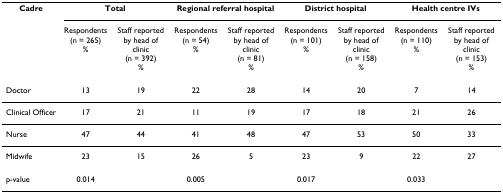
<table><thead><tr><td><b>Cadre</b></td><td colspan="2"><b>Total</b></td><td colspan="2"><b>Regional referral hospital</b></td><td colspan="2"><b>District hospital</b></td><td colspan="2"><b>Health centre IVs</b></td></tr><tr><td>[EMPTY_CELL]</td><td><b>Respondents(n = 265)%</b></td><td><b>Staff reported by head of clinic(n = 392)%</b></td><td><b>Respondents(n = 54)%</b></td><td><b>Staff reported by head of clinic(n = 81)%</b></td><td><b>Respondents(n = 101)%</b></td><td><b>Staff reported by head of clinic(n = 158)%</b></td><td><b>Respondents(n = 110)%</b></td><td><b>Staff reported by head of clinic(n = 153)%</b></td></tr></thead><tbody><tr><td>Doctor</td><td>13</td><td>19</td><td>22</td><td>28</td><td>14</td><td>20</td><td>7</td><td>14</td></tr><tr><td>Clinical Officer</td><td>17</td><td>21</td><td>11</td><td>19</td><td>17</td><td>18</td><td>21</td><td>26</td></tr><tr><td>Nurse</td><td>47</td><td>44</td><td>41</td><td>48</td><td>47</td><td>53</td><td>50</td><td>33</td></tr><tr><td>Midwife</td><td>23</td><td>15</td><td>26</td><td>5</td><td>23</td><td>9</td><td>22</td><td>27</td></tr><tr><td>p-value</td><td>0.014</td><td>[EMPTY_CELL]</td><td>0.005</td><td>[EMPTY_CELL]</td><td>0.017</td><td>[EMPTY_CELL]</td><td>0.033</td><td>[EMPTY_CELL]</td></tr></tbody></table>